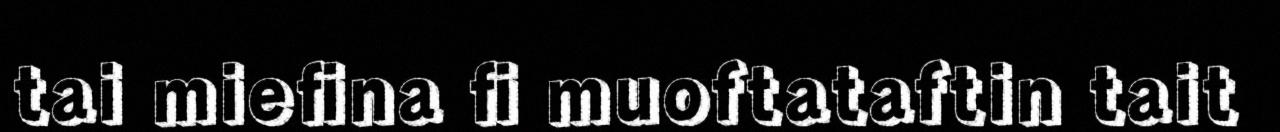
tai miefina fi muoftataftin tait